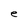
Character: e